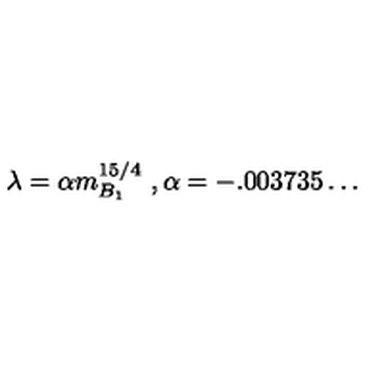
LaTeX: \lambda = \alpha m _ { B _ { 1 } } ^ { 1 5 / 4 } \ , \alpha = - . 0 0 3 7 3 5 \ldots